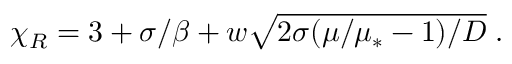
\begin{array} { r } { \chi _ { R } = 3 + \sigma / \beta + w \sqrt { 2 \sigma ( \mu / \mu _ { * } - 1 ) / D } \; . } \end{array}